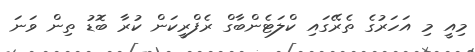
މިއީ މި އަހަރުގެ ތެރޭގައި ކްލަޓެންބާގް ރެފްރީކަން ކުރާ ބޮޑު ތިން ވަނަ